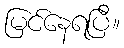
မြင်နေရပြီ။